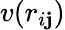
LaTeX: v(r_{i\mathbf{j}})